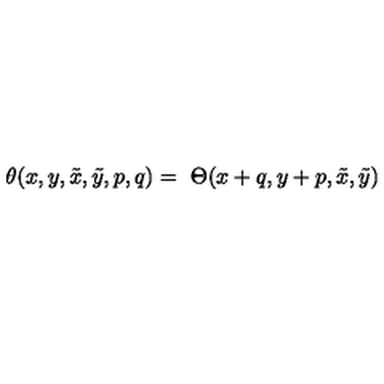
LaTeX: \theta ( x , y , \tilde { x } , \tilde { y } , p , q ) = \ \Theta ( x + q , y + p , \tilde { x } , \tilde { y } )